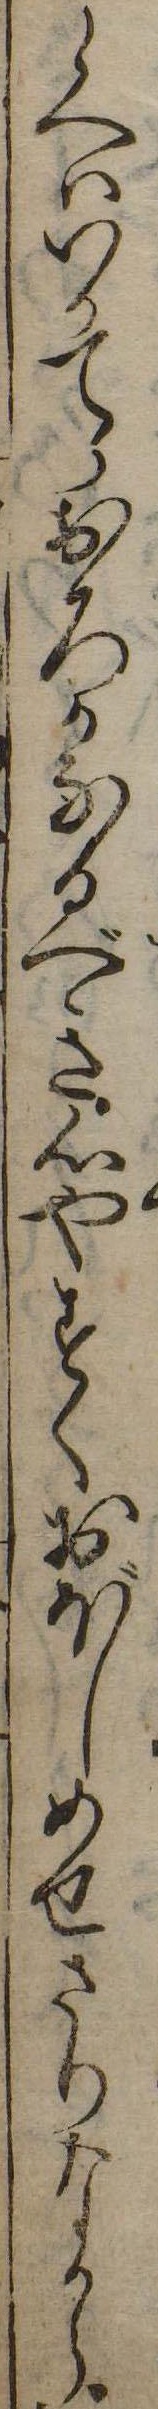
候へはいかてかおろかなるべき心やすくおぼしめせさりなから